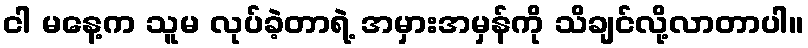
ငါ မနေ့က သူမ လုပ်ခဲ့တာရဲ့ အမှားအမှန်ကို သိချင်လို့လာတာပါ။